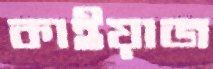
কাইয়াজ